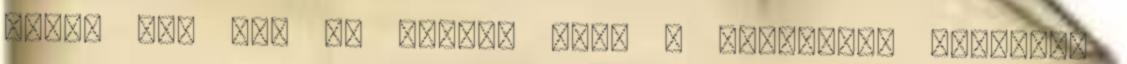
cégre sem vet jó fényt, hogy a lógójával ellátott